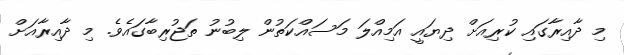
މި ދާއިރާގައި ކުރިއަށް ދިޔައީ އަމިއްލަ މަސައްކަތުން ލިބުނު ތަޖުރިބާގައެވެ. މި ދާއިރާއަށް